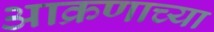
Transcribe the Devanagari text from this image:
आक्रणाच्या